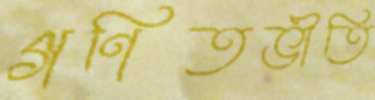
গণিতভীতি